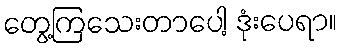
တွေ့ကြသေးတာပေါ့ ဒုံးပေရာ။